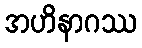
အဟိနာဂဿ